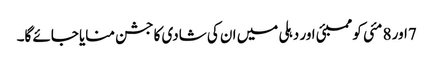
7اور 8 مئی کو ممبئی اور دہلی میں ان کی شادی کا جشن منایا جائے گا۔